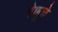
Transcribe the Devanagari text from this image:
रेणूचे